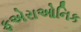
ફએરાઓનિક